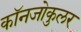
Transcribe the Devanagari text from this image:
कॉनजोकुलर